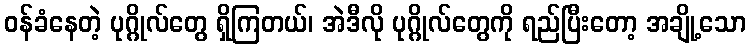
ဝန်ခံနေတဲ့ ပုဂ္ဂိုလ်တွေ ရှိကြတယ်၊ အဲဒီလို ပုဂ္ဂိုလ်တွေကို ရည်ပြီးတော့ အချို့သော